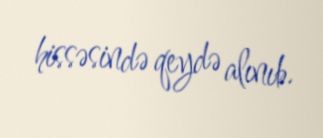
hissəsində qeydə alınıb.